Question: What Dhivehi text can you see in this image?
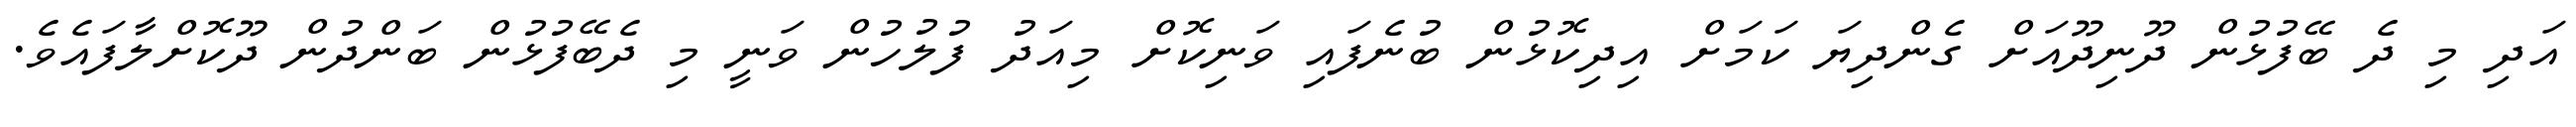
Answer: އަދި މި ދެ ބޭފުޅުން ދޫނިދޫއަށް ގެންދިޔަ ކަމަށް އިދިކޮޅުން ބުނެފައި ވަނިކޮށް މިއަދު ފުލުހުން ވަނީ މި ދެބޭފުޅުން ބަންދުން ދޫކޮށްލާފައެވެ.